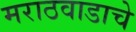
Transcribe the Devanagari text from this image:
मराठवाडाचे